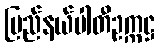
ပြည်နယ်ပါတီဥက္ကဋ္ဌ